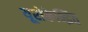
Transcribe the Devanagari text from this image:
यूरोकेन्द्रित